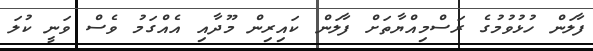
ފާލަން ހުޅުވުމުގެ ރަސްމިއްޔާތަށް ފާލަން ކައިރިން މޫދާއި އެއްގަމު ވެސް ވަނީ ކުލަ